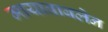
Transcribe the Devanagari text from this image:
मायाबाबलेन